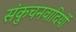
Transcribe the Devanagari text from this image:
संकुचनवादियों